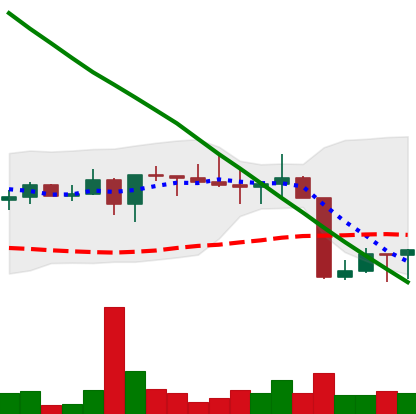
Ticker: XRP-USD
Chart end date: 2022-08-23
Forward return: -6.914%
Label: down_5_7